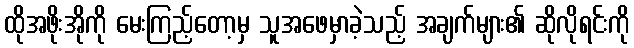
ထိုအဖိုးအိုကို မေးကြည့်တော့မှ သူအဖေမှာခဲ့သည့် အချက်များ၏ ဆိုလိုရင်းကို